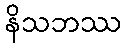
နိသဘဿ